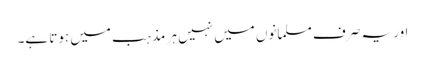
اور یہ صرف مسلمانوں میں نہیں ہر مذہب میں ہوتا ہے۔